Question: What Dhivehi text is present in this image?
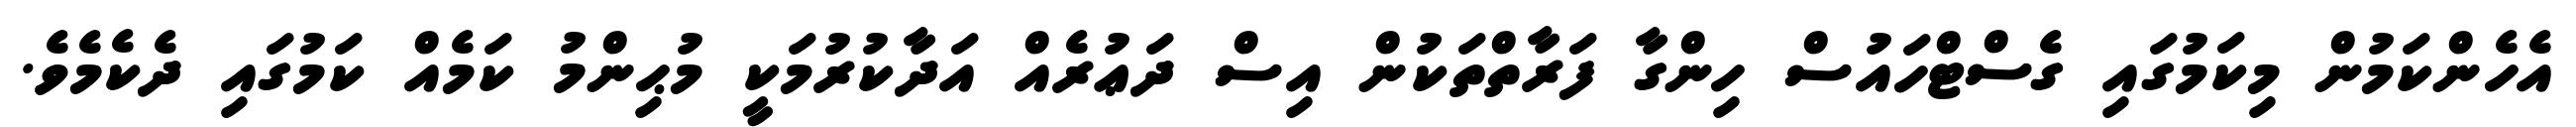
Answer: އެހެންކަމުން މިކަމުގައި ގެސްޓްހައުސް ހިންގާ ފަރާތްތަކުން އިސް ދަޢުރެއް އަދާކުރުމަކީ މުޙިންމު ކަމެއް ކަމުގައި ދެކެމެވެ.